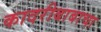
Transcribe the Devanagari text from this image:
कादरीबाबाचा